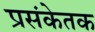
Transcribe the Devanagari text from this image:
प्रसंकेतक